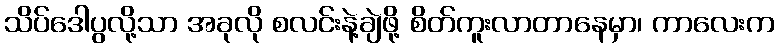
သိပ်ဒေါပွလို့သာ အခုလို စလင်းနဲ့ချဲဖို့ စိတ်ကူးလာတာနေမှာ၊ ကာလေးက